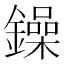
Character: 鐰